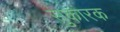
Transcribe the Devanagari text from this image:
सुकारक